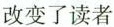
改变了读者